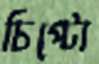
চিপ্‌টো